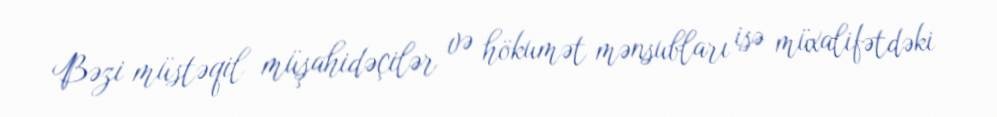
Bəzi müstəqil müşahidəçilər və hökumət mənsubları isə müxalifətdəki